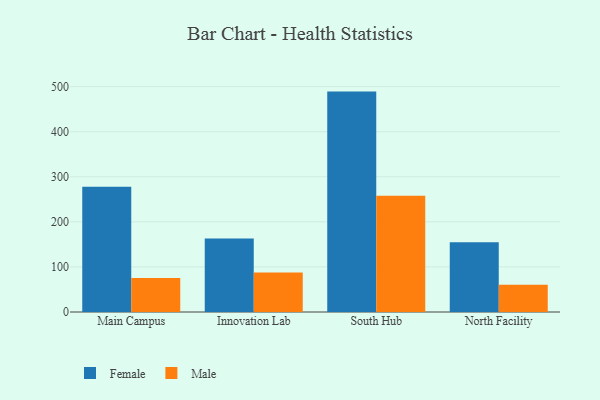
{"axis": {"x": "Campus", "y": "Latency (ms)"}, "legend": ["Female", "Male"], "data": [{"x": "Main Campus", "y": 277.7, "type": "Female"}, {"x": "Main Campus", "y": 75.6, "type": "Male"}, {"x": "Innovation Lab", "y": 163.1, "type": "Female"}, {"x": "Innovation Lab", "y": 87.8, "type": "Male"}, {"x": "South Hub", "y": 489.0, "type": "Female"}, {"x": "South Hub", "y": 258.2, "type": "Male"}, {"x": "North Facility", "y": 154.7, "type": "Female"}, {"x": "North Facility", "y": 60.3, "type": "Male"}]}